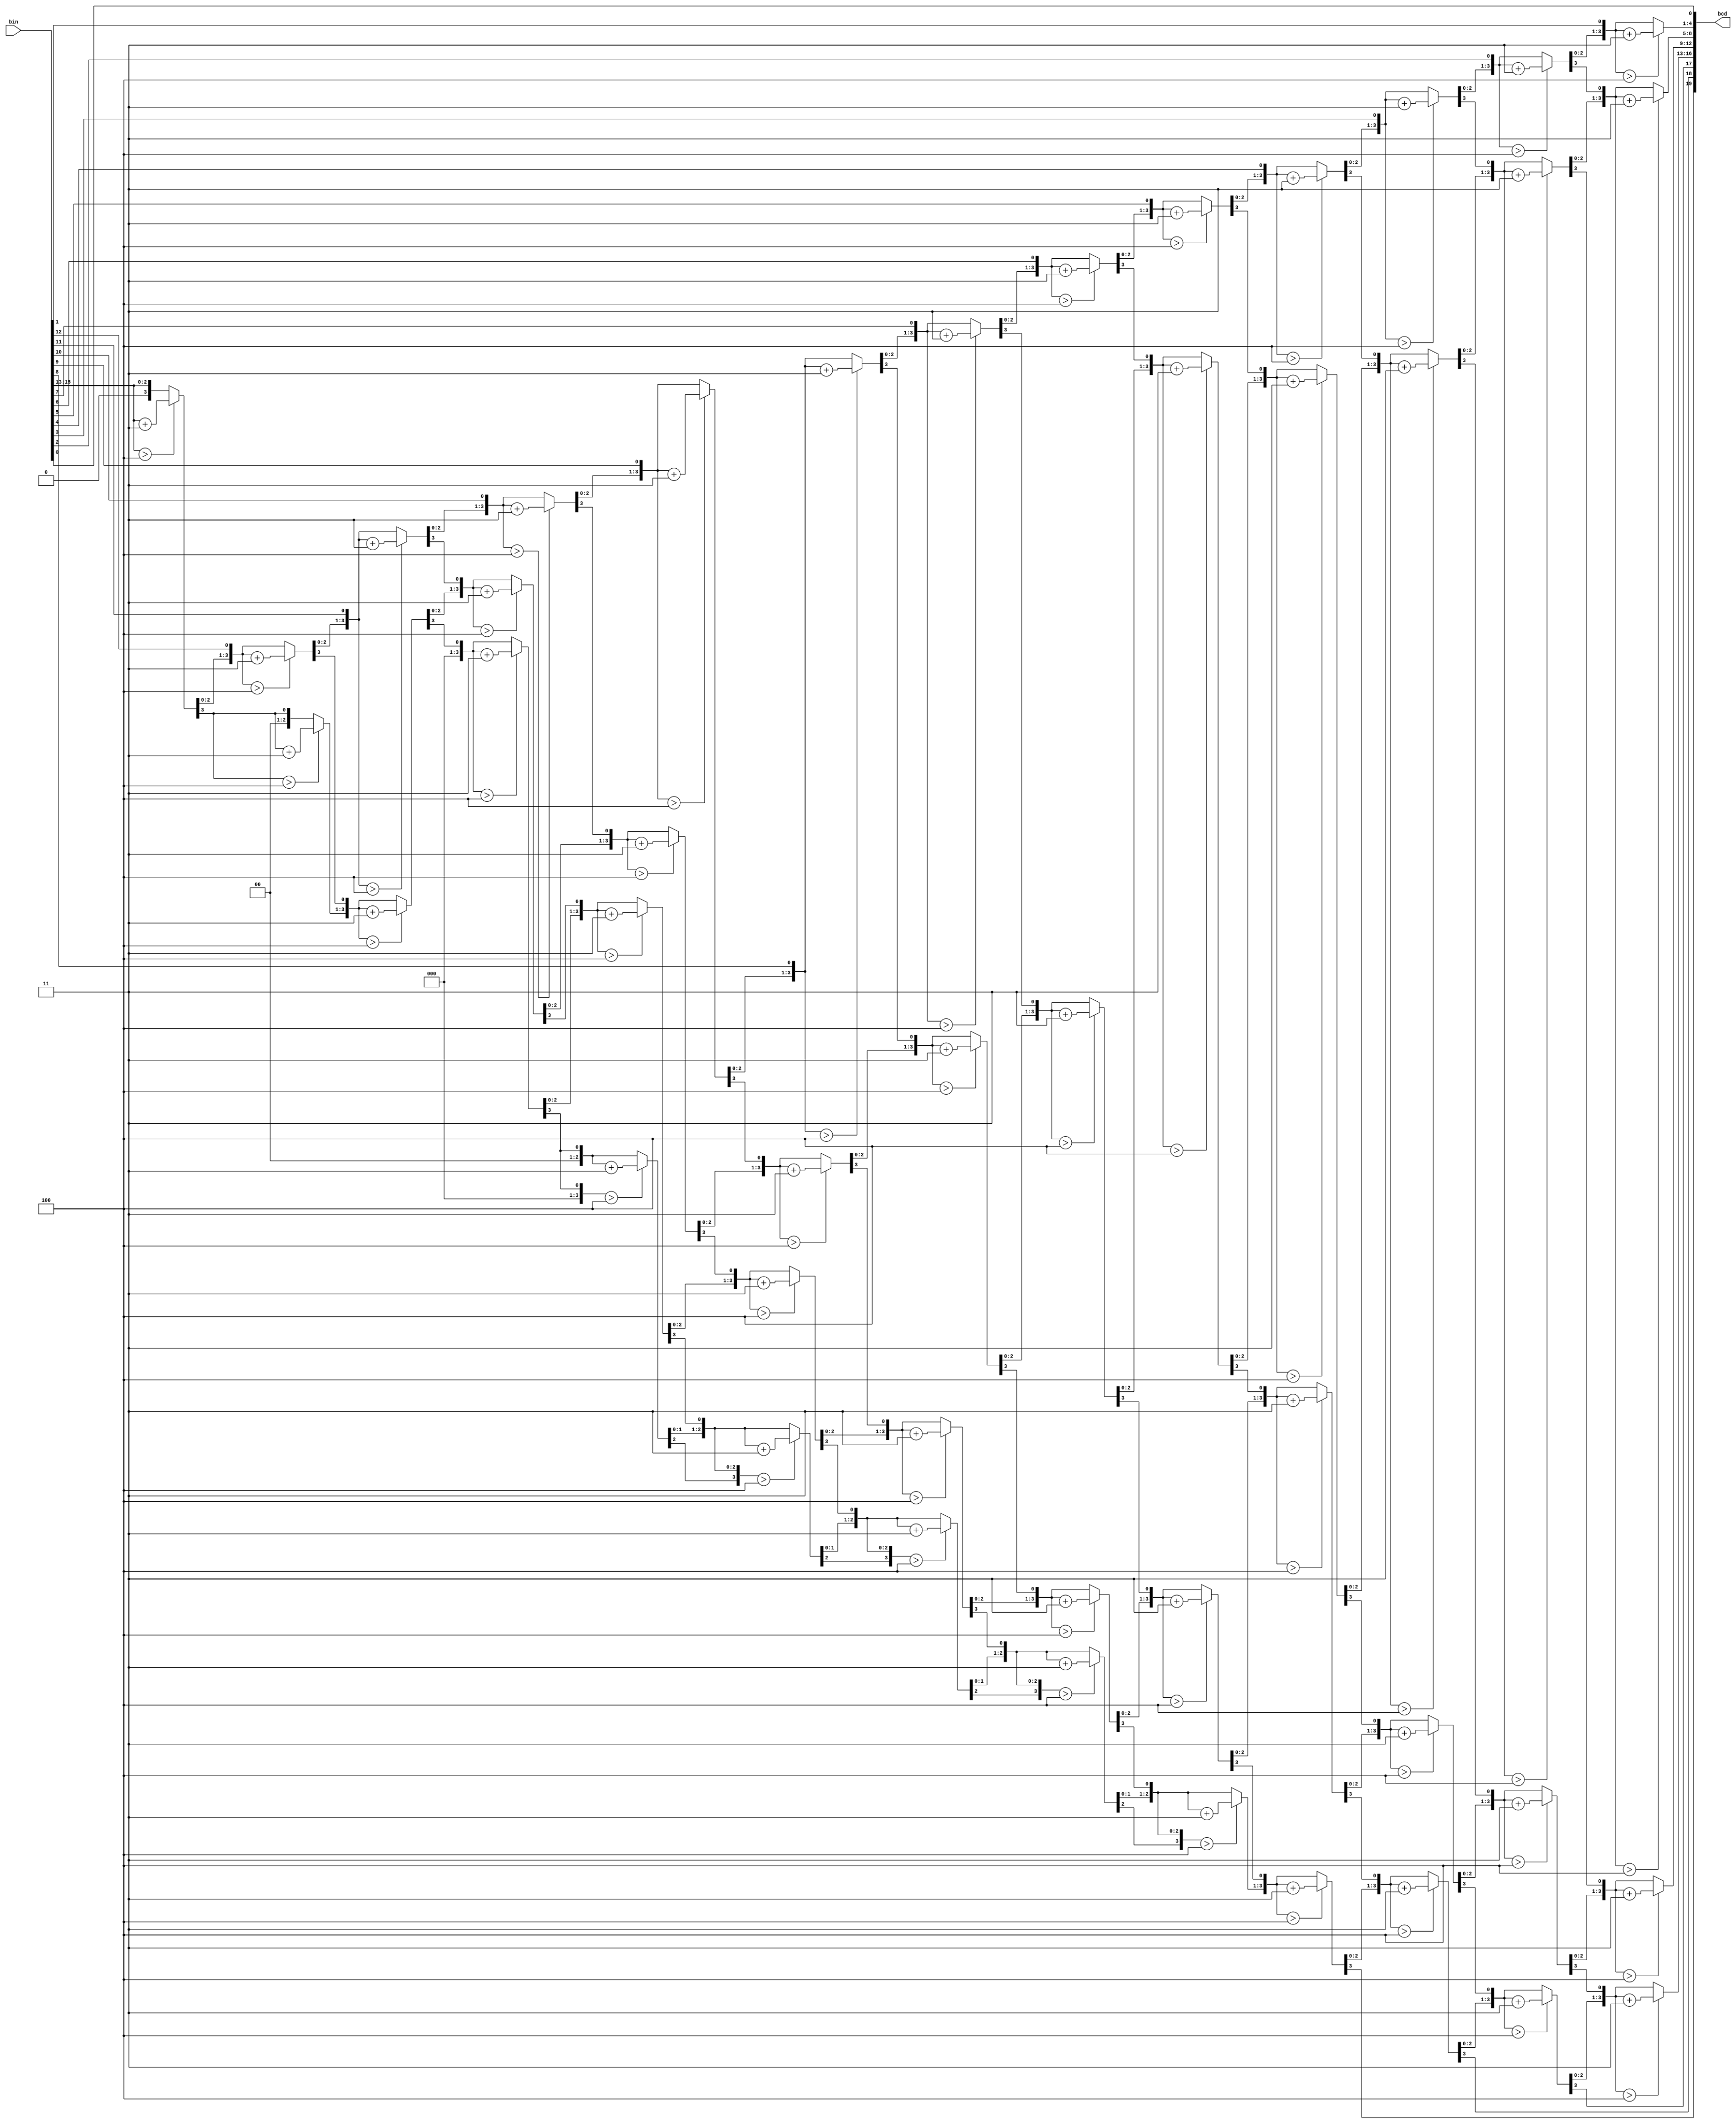
module bin2bcd16 (
  input      [15:0] bin, // binary
  output reg [19:0] bcd  // bcd {10 thousands,thousands,hundreds,tens,ones}
);

  reg [35:0] z;
  integer i;

  always @(bin) begin
    for(i = 0; i <= 35; i = i+1) z[i] = 0;
    z[18:3] = bin;
    for(i = 0; i <= 12; i = i+1) begin
      if(z[19:16] > 4) z[19:16] = z[19:16] + 3;
      if(z[23:20] > 4) z[23:20] = z[23:20] + 3;
      if(z[27:24] > 4) z[27:24] = z[27:24] + 3;
      if(z[31:28] > 4) z[31:28] = z[31:28] + 3;
      z[35:1] = z[34:0];
    end      
    bcd = z[35:16];	
  end             
endmodule